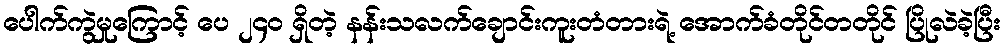
ပေါက်ကွဲမှုကြောင့် ပေ ၂၄၀ ရှိတဲ့ နန်းသလက်ချောင်းကူးတံတားရဲ့ အောက်ခံတိုင်တတိုင် ပြိုလဲခဲ့ပြီး